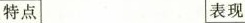
特点 表现